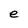
Character: e